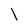
Character: 1